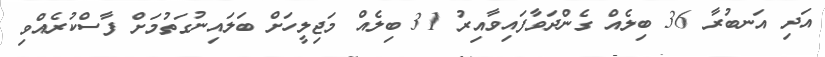
އަދި އަނބުރާ 36 ބިލެއް ގެންދަވާފައިވާއިރު 31 ބިލެއް މަޖިލީހަށް ބަލައިނުގަތުމަށް ފާސްކުރެއްވި